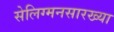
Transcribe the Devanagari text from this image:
सेलिग्मनसारख्या